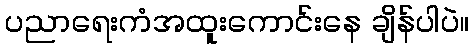
ပညာရေးကံအထူးကောင်းနေ ချိန်ပါပဲ။